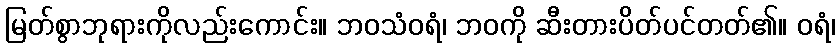
မြတ်စွာဘုရားကိုလည်းကောင်း။ ဘဝသံဝရံ၊ ဘဝကို ဆီးတားပိတ်ပင်တတ်၏။ ဝရံ၊